Civil Veterinary Dept. Bombay admin report 1900-1906 - 1900-1906
Year: 1900
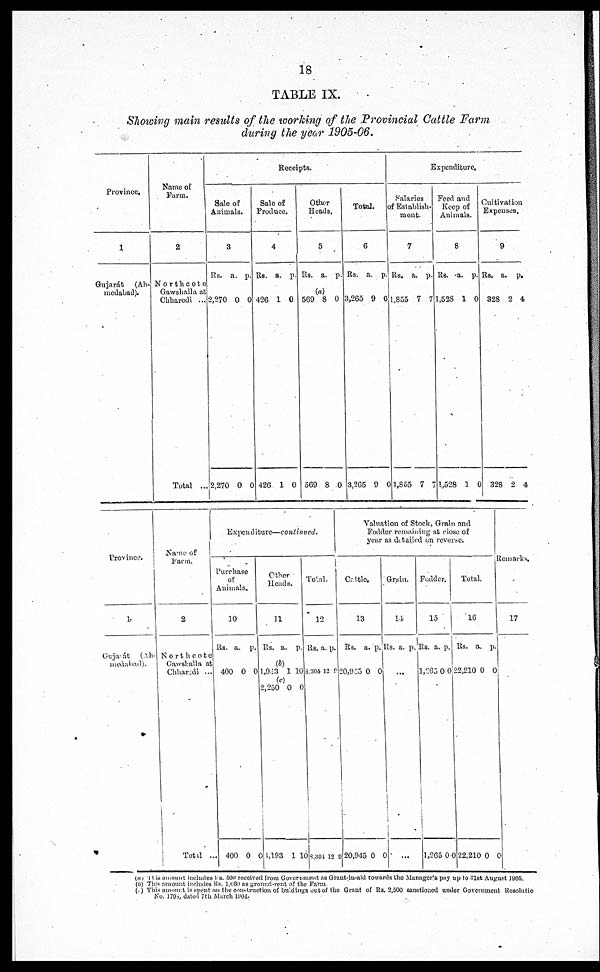
18
TABLE IX.
Showing main results of the working of the Provincial Cattle Farm
during the year 1905-06.
Province.
1
Gujarát
(Ah-
medabad).
Name of
Farm.
2
Northcote
Gawshalla at
Chharodi ...
Total ..
Receipts.
Sale of
Animals.
3
Rs.
2,270
2,270
a.
0
0
p.
0
0
Sale of
Produce.
4
Rs.
426
426
a.
1
1
p.
0
0
Other
Heads.
5
Rs.
569
569
a.
(a)
8
8
p.
0
0
Total.
6
Rs.
3,265
3,265
a.
9
9
p.
0
0
Expenditure.
Salaries
of Establish-
ment.
7
Rs.
1,855
1,855
a.
7
7
p.
7
7
Feed and
Keep of
Animals.
8
Rs.
1,528
1,528
a.
1
1
p.
0
0
Cultivatio
Expenses.
9
Rs.
328
328
a.
2
2
p.
4
4
Province
1
Gujarát
(Ah-
medabad).
Name of
Farm.
2
Northcote
Cawsballa at
Chharadi ...
Total ...
Expenditure—continued.
Purchase
of
Animals.
10
Rs.
400
400
a.
0
0
p.
0
Other
Heads.
11
Rs.
(b)
1,943
(c)
2,250
1,193
a.
1
0
1
p.
10
0
10
Total.
12
Rs. a
8,304
8,304
. p
12
1
.
9
2
Valuation of Stock. Grain and
Fodder remaining at close of
year as detailed on reverse.
Cattle.
13
Rs.
20,925
20,945
a.
0
0
p.
0
0
Grain.
14
Rs, a. p.
...
...
Fodder.
15
Rs.
1,265
1,265
a.
0
0
p.
0
0
Total.
16
Rs.
22,210
22,210
a.
0
0
p.
0
Remarks.
17
(a) This amount includes Rs. 500 received from Government as Grant-in-aid towards the Manager's pay up to 31st August 1905.
(b) This amount includes Rs. l,660 as ground-rent of the Farm
(c) This amount is spent on the construction of buldings out of the Grant of Rs. 2,500 sanctioned under Government Resolutio
No. 1793, dated 7th March l904.